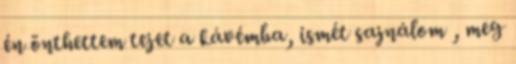
én önthettem tejet a kávémba, ismét sajnálom , meg